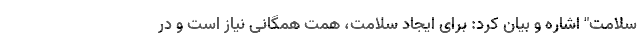
سلامت" اشاره و بیان کرد: برای ایجاد سلامت، همت همگانی نیاز است و در